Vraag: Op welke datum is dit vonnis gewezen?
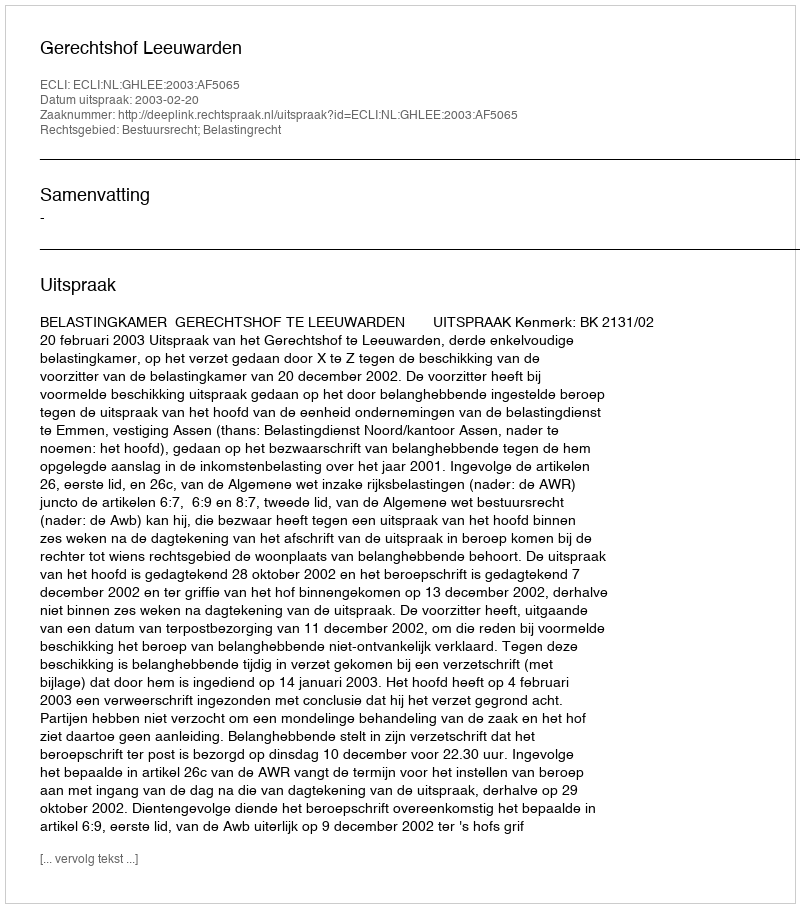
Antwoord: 2003-02-20